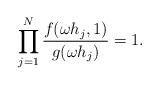
LaTeX: \begin{align*}\prod_{j=1}^N \frac{f(\omega h_j, 1)}{g(\omega h_j)} = 1 .\end{align*}